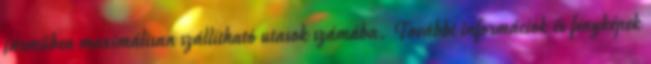
járműben maximálisan szállítható utasok számába. További információk és fényképek